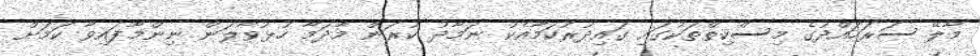
މާލޭ ސަރަހައްދުގެ މިސްކިތްތަކުގައި ގައިދުރުކަމާއެކު ނަމާދު ކުރަން މާދަމާ ހުޅުވާލަން ނިންމާފައިވާ ކަމަށް